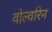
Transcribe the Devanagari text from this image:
वोल्वरिन